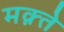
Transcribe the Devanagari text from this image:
मक़्ते